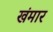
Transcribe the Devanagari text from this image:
खंमार